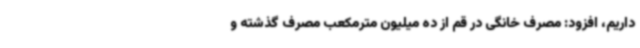
داریم، افزود: مصرف خانگی در قم از ده میلیون مترمکعب مصرف گذشته‌ و